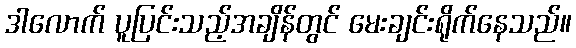
ဒါလောက် ပူပြင်းသည့်အချိန်တွင် မေးချင်းရိုက်နေသည်။